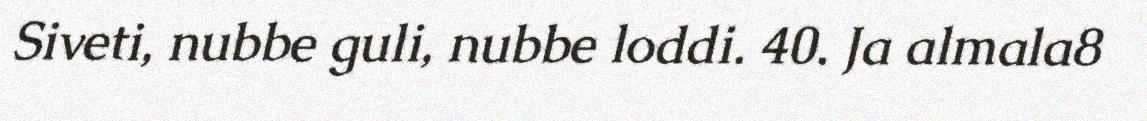
Siveti, nubbe guli, nubbe loddi. 40. Ja almala8